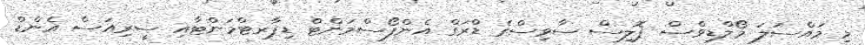
މި މައްސަލަ މޯލްޑިވްސް ޕޮލިސް ސާވިސްގެ ޑްރަގް އެންފޯސްމަންޓް ޑިޕާރޓްމަންޓާއި ސީރިއަސް އެންޑް